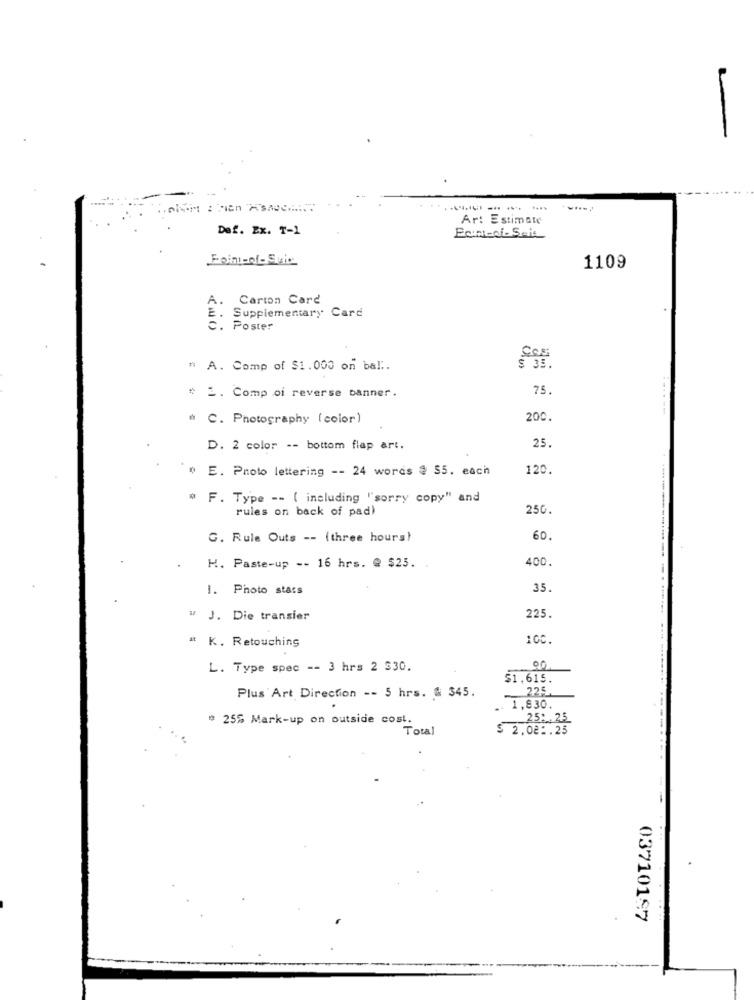
Ar: Estimate
Def. Ex. T-1
Font-di-Seit
Foin-of-Suic
1109
A. Carton Card
E. Supplementary Card
C. Poster
Cos
" A. Comp of $1.000 on bal.
75.
# 2. Comp oi reverse banner.
" C. Photography (color)
200.
25
D. 2 color -- bottom flap art.
# E. Proto lettering -- 24 words @ $5. each
120.
* F. Type -- ( including "sorry copy" and
rules on back of pad)
25G.
G. Rule Outs -- (three hours)
60.
400.
H. Paste-up -- 16 hrs. @ $25. .
1. Photo stars
35
w J. Die transier
225.
" K. Retouching
100.
L. Type spec -- 3 hrs 2 $30.
$1.615.
225.
Plus Art Direction -- 5 hrs. # 345.
. 1,830.
# 25% Mark-up on outside cost.
25: 25
Total
$ 2.02 :. 25
03710197